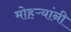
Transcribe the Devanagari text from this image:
मोहऱ्यांनी